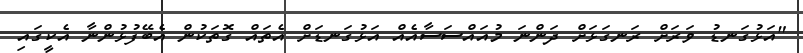
"އަޅުގަނޑު ވަރަށް ރަނގަޅަށް ދަންނަ މުއައްސަސާއެއް އަޅުގަނޑަށް އެތައް ގޮތަކުން އެބޭފުޅުންނާ އެކީގައި